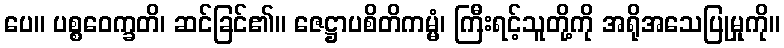
ပေ။ ပစ္စဝေက္ခတိ၊ ဆင်ခြင်၏။ ဇေဋ္ဌာပစိတိကမ္မံ၊ ကြီးရင့်သူတို့ကို အရိုအသေပြုမှုကို။